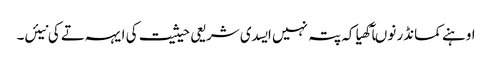
اوہنے کمانڈر نوںآکھیا کہ پتہ نہیں ایسدی شریعی حیثیت کی ایہہ تے کی نیئں۔